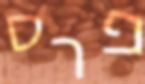
פרס